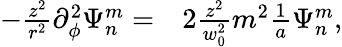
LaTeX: \begin{array}{rl}{-\frac{z^{2}}{r^{2}}\partial_{\phi}^{2}\Psi_{n}^{m}=}&{{}2\frac{z^{2}}{w_{0}^{2}}m^{2}\frac{1}{a}\Psi_{n}^{m},}\end{array}